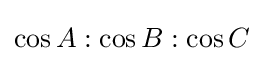
\cos A:\cos B:\cos C